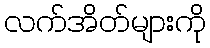
လက်အိတ်များကို